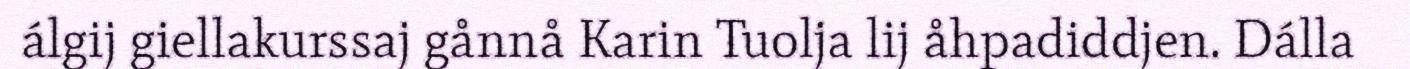
álgij giellakurssaj gånnå Karin Tuolja lij åhpadiddjen. Dálla